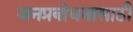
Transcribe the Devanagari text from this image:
जनप्रबोधनासाठी